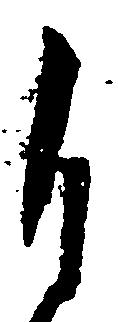
自